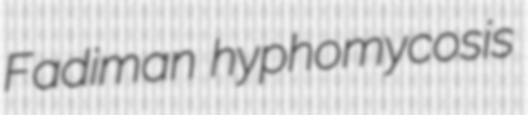
Fadiman hyphomycosis